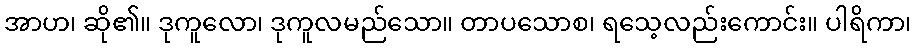
အာဟ၊ ဆို၏။ ဒုကူလော၊ ဒုကူလမည်သော။ တာပသောစ၊ ရသေ့လည်းကောင်း။ ပါရိကာ၊